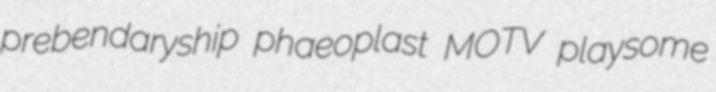
prebendaryship phaeoplast MOTV playsome